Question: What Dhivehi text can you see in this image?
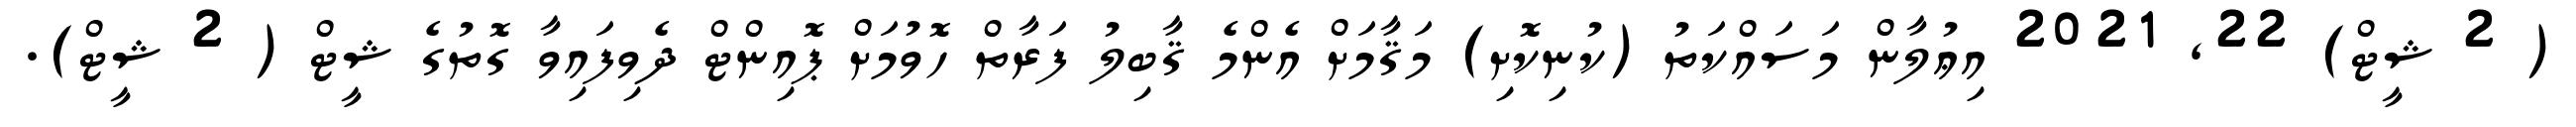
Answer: ( 2 ޝީޓް) 22, 2021 އިޢުލާން މަސައްކަތު (ކުނިކޮށި) މަޤާމަށް އެންމެ ޤާބިލު ފަރާތް ހޮވުމަށް ޕޮއިންޓް ދެވިފައިވާ ގޮތުގެ ޝީޓް ( 2 ޝީޓް).